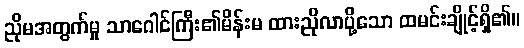
ညိုမအတွက်မှု သာဂေါင်ကြီး၏မိန်းမ ထားညိုလာပို့သော ထမင်းချိုင့်ရှိ၏။